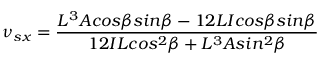
\nu { _ { s x } } = \frac { L ^ { 3 } A c o s \beta s i n \beta - 1 2 L I c o s \beta s i n \beta } { 1 2 I L c o s ^ { 2 } \beta + L ^ { 3 } A s i n ^ { 2 } \beta }